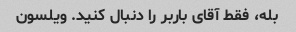
بله، فقط آقای باربر را دنبال کنید. ویلسون